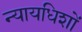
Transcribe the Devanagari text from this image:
न्यायधिशों